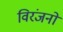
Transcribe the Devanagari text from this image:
विरंजनों